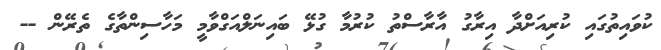
ކުވައިތުގައި ކުރިއަށްދާ އިރާގު އާރާސްތު ކުރުމާ ގުޅޭ ބައިނަލްއަގްވާމީ މަހާސިންތާގެ ތެރޭން --